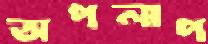
অপলাপ